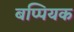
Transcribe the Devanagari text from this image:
बप्पियक